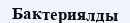
Бактериялды